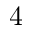
4